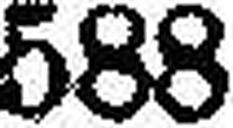
588